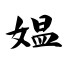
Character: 媪